Rangoon Lunatic Asylum 1878-1892 - 1878-1892
Year: 1878
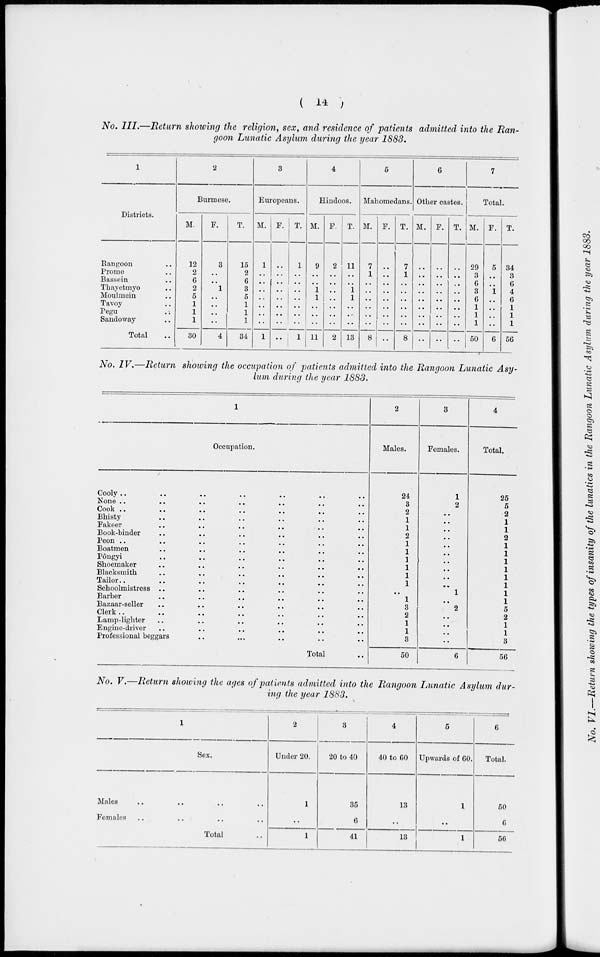
( 14 )
No. III.—Return showing the religion, sex, and residence of patients admitted into the Ran-
goon Lunatic Asylum during the year 1883.
1
Districts.
Rangoon ..
Prome ..
Bassein ..
Thayetmyo ..
Moulmein ..
Tavoy ..
Pegu ..
Sandoway ..
Total ..
2
Burmese.
M.
12
2
6
2
5
1
1
1
30
F.
3
..
..
1
..
..
..
..
4
T.
15
2
6
3
5
1
1
1
34
3
Europeans.
M.
1
..
..
..
..
..
..
..
1
F.
..
..
..
..
..
..
..
..
..
T.
1
..
..
..
..
..
..
..
1
4
Hindoos.
M.
9
..
..
1
1
..
..
..
11
F.
2
..
..
..
..
..
..
..
2
T.
11
..
..
1
1
..
..
..
13
5
Mahomedans.
M.
7
1
..
..
..
..
..
..
8
F.
..
..
..
..
..
..
..
..
..
T.
7
1
..
..
..
..
..
..
8
6
Other castes.
M.
..
..
..
..
..
..
..
..
..
F.
..
..
..
..
..
..
..
..
..
T.
..
..
..
..
..
..
..
..
..
7
Total.
M.
29
3
6
3
6
1
1
1
50
F.
5
..
..
1
..
..
..
..
6
T.
34
3
6
4
6
1
1
1
56
No. IV.—Return showing the occupation of patients admitted into the Rangoon Lunatic Asy-
lum during the year 1883.
1
Occupation.
Cooly .. .. .. .. .. .. ..
None .. .. .. .. .. .. ..
Cook .. .. .. .. .. .. ..
Bhisty .. .. .. .. .. ..
Fakeer .. .. .. .. .. ..
Book-binder .. .. .. .. .. ..
Peon .. .. .. .. .. .. ..
Boatmen .. .. .. .. .. ..
Pôngyi .. .. .. .. .. ..
Shoemaker .. .. .. .. .. ..
Blacksmith .. .. .. .. .. ..
Tailor .. .. .. .. .. .. ..
Schoolmistress .. .. .. .. .. ..
Barber .. .. .. .. .. ..
Bazaar-seller .. .. .. .. .. ..
Clerk.. .. .. .. .. .. ..
Lamp-lighter .. .. .. .. .. ..
Engine-driver .. .. .. .. .. ..
Professional beggars .. .. .. .. ..
Total .. .. .. .. ..
2
Males.
24
3
2
1
1
2
1
1
1
1
1
1
..
1
3
2
1
1
3
50
3
Females.
1
2
..
..
..
..
..
..
..
..
..
..
1
..
2
..
..
..
..
6
4
Total.
25
5
2
1
1
2
1
1
1
1
1
1
1
1
5
2
1
1
3
56
No. V.—Return showing the ages of patients admitted into the Rangoon Lunatic Asylum dur-
ing the year 1883.
1
Sex.
Males .. .. .. ..
Females .. .. .. ..
Total ..
2
Under 20.
1
..
1
3
20 to 40.
35
6
41
4
40 to 60.
13
..
13
5
Upwards of 60.
1
..
1
6
Total.
50
6
56